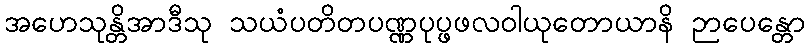
အဟေသုန္တိအာဒီသု သယံပတိတပဏ္ဏပုပ္ဖဖလဝါယုတောယာနိ ဉာပေန္တော